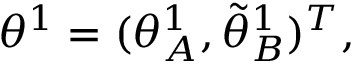
{ \theta } ^ { 1 } = ( { \theta } _ { A } ^ { 1 } , \tilde { \theta } _ { B } ^ { 1 } ) ^ { T } ,